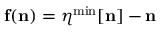
{ \bf f } ( { \bf n } ) = { \boldsymbol \eta } ^ { \mathrm { m i n } } [ { \bf n } ] - { \bf n }